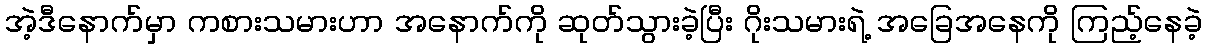
အဲ့ဒီနောက်မှာ ကစားသမားဟာ အနောက်ကို ဆုတ်သွားခဲ့ပြီး ဂိုးသမားရဲ့ အခြေအနေကို ကြည့်နေခဲ့